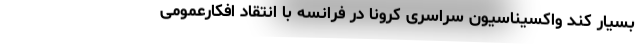
بسیار کند واکسیناسیون سراسری کرونا در فرانسه با انتقاد افکارعمومی